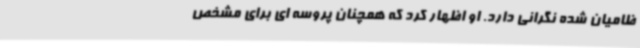
ظامیان شده نگرانی دارد. او اظهار کرد که همچنان پروسه ای برای مشخص